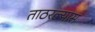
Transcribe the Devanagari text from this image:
ताठरल्यास